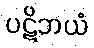
ပဋိဘယံ